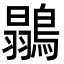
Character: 𪄚